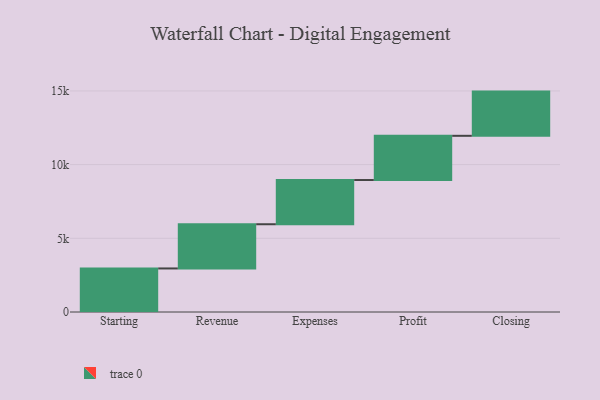
{"axis": {"x": "Step", "y": "Value"}, "legend": [""], "data": [{"x": "Starting", "y": 2955.0, "type": ""}, {"x": "Revenue", "y": 3000, "type": ""}, {"x": "Expenses", "y": 3000, "type": ""}, {"x": "Profit", "y": 3000, "type": ""}, {"x": "Closing", "y": 3000, "type": ""}]}